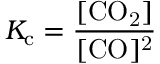
K _ { \mathrm { c } } = { \frac { \mathrm { [ C O _ { 2 } ] } } { \mathrm { [ C O ] ^ { 2 } } } }